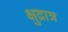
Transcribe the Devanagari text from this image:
क्षुद्रात्र